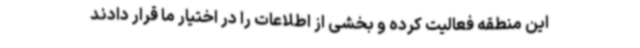
این منطقه فعالیت کرده و بخشی از اطلاعات را در اختیار ما قرار دادند